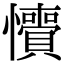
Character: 𢥎